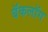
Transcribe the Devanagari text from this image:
बॅकलॉग